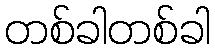
တစ်ခါတစ်ခါ